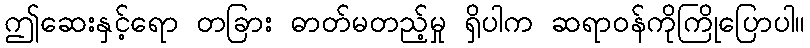
ဤဆေးနှင့်ရော တခြား ဓာတ်မတည့်မှု ရှိပါက ဆရာဝန်ကိုကြိုပြောပါ။